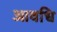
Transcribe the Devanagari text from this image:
आवधि